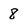
Character: 8